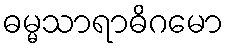
ဓမ္မသာရာဓိဂမော